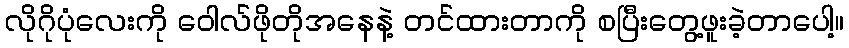
လိုဂိုပုံလေးကို ဝေါလ်ဖိုတိုအနေနဲ့ တင်ထားတာကို စပြီးတွေ့ဖူးခဲ့တာပေါ့။